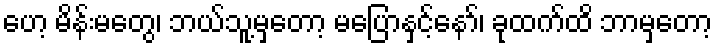
ဟေ့ မိန်းမတွေ၊ ဘယ်သူ့မှတော့ မပြောနှင့်နော်၊ ခုထက်ထိ ဘာမှတော့